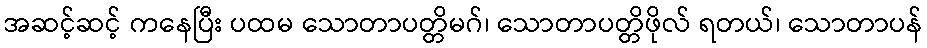
အဆင့်ဆင့် ကနေပြီး ပထမ သောတာပတ္တိမဂ်၊ သောတာပတ္တိဖိုလ် ရတယ်၊ သောတာပန်